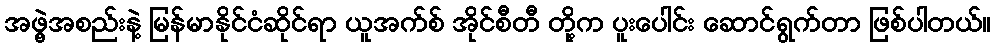
အဖွဲ့အစည်းနဲ့ မြန်မာနိုင်ငံဆိုင်ရာ ယူအက်စ် အိုင်စီတီ တို့က ပူးပေါင်း ဆောင်ရွက်တာ ဖြစ်ပါတယ်။